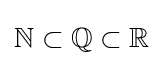
\mathbb {N} \subset \mathbb {Q} \subset \mathbb {R}